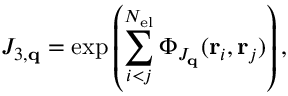
J _ { 3 , \mathbf { q } } = \exp \left( \sum _ { i < j } ^ { N _ { \mathrm { e l } } } \Phi _ { J _ { \mathbf { q } } } ( \mathbf { r } _ { i } , \mathbf { r } _ { j } ) \right) ,